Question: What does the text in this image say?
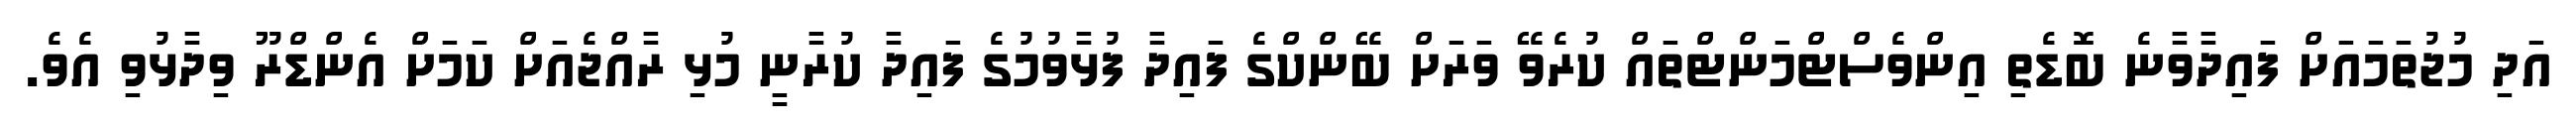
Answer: އަދި މުޖުތަމައަށް ފައިދާވާނެ ބޮޑެތި އިންވެސްޓްމަންޓްތައް ކުރެވޭ ވަރަށް ބޭންކްގެ ފައިދާ ފުޅާވުމުގެ ފައިދާ ކުރާނީ މުޅި ރާއްޖެއަށް ކަމަށް އެންޑްރޫ ވިދާޅުވި އެވެ.